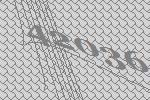
42036